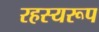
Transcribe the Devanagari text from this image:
रहस्यरूप